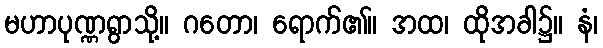
မဟာပုဏ္ဏရွာသို့။ ဂတော၊ ရောက်၏။ အထ၊ ထိုအခါ၌။ နံ၊